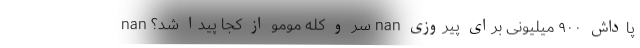
nan سر و کله مومو از کجا پیدا شد؟ nan پاداش ۹۰۰ میلیونی برای پیروزی